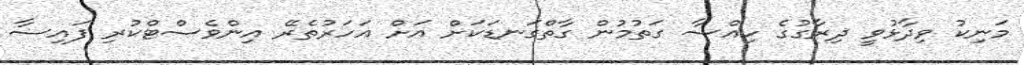
މަނިކު ވިދާޅުވީ ދިރާގުގެ ހިއްސާ ގަތުމުން ގާތްގަނޑަކަށް އަށް އަހަރުތެރޭ އިންވެސްޓްކުރި ފައިސާ